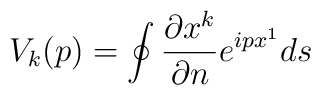
V_{k}(p)=\oint \frac{\partial x^{k}}{\partial n}e^{ipx^{1}}ds